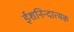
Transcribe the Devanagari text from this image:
ईशनिन्दात्मक